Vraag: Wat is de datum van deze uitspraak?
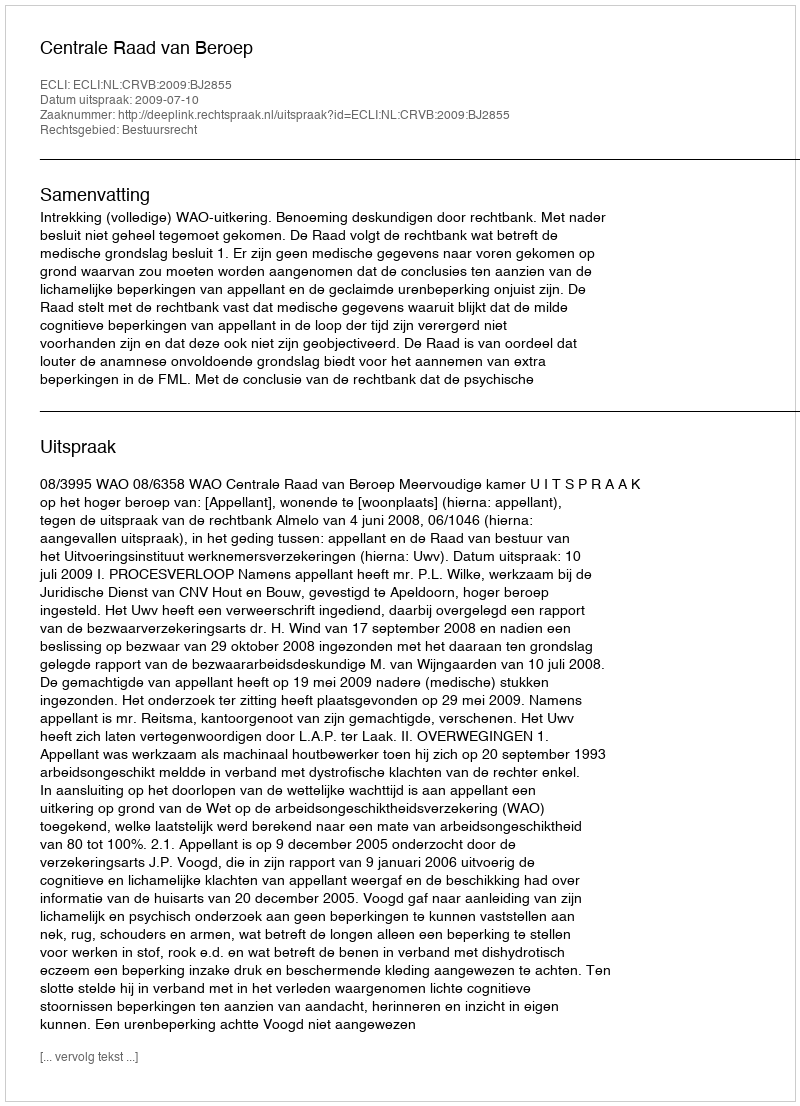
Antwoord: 2009-07-10